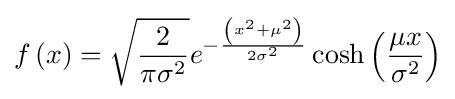
f\left(x\right)={\sqrt {\frac {2}{\pi \sigma ^{2}}}}e^{-{\frac {\left(x^{2}+\mu ^{2}\right)}{2\sigma ^{2}}}}\cosh {\left({\frac {\mu x}{\sigma ^{2}}}\right)}